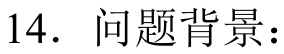
14. 问题背景：